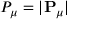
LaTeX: P _ { \mu } = | \mathbf { P } _ { \mu } |